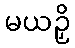
မယဉှိ